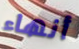
أنهاء